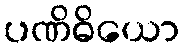
ပဏိဓိယော